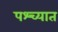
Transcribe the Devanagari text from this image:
पश्‍च्यात